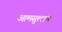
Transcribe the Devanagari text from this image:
आमसुलाचे